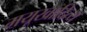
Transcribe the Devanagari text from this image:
मयूखादित्य